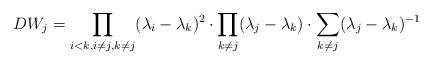
LaTeX: \begin{align*}DW_j&=\prod_{i<k,i\neq j,k\neq j} (\lambda_i-\lambda_k)^2\cdot\prod_{k\neq j}(\lambda_j-\lambda_k)\cdot\sum_{k\neq j} (\lambda_j-\lambda_k)^{-1}\end{align*}